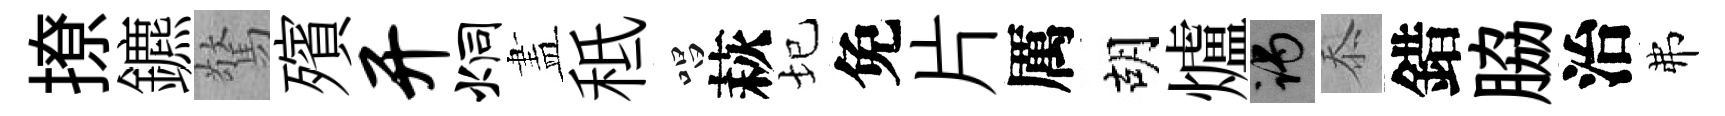
撩鑣驚殯开炯𥁞秪唱萩圮免片厲胡爐谒忝錯脇治弗